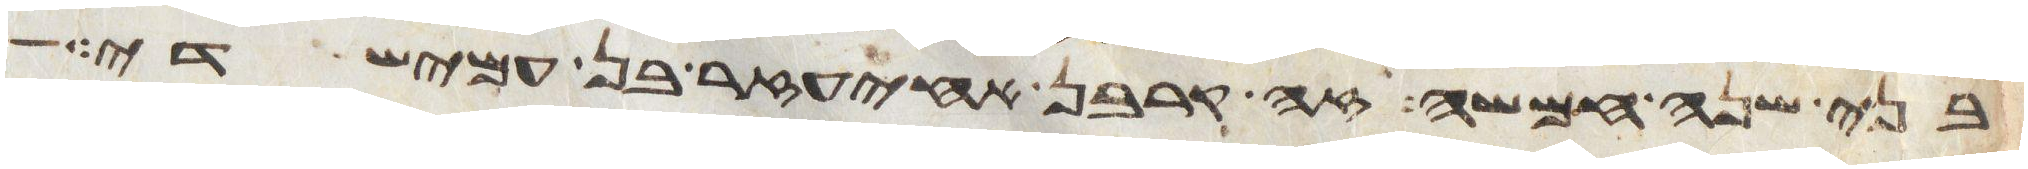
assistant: בני שנה חמשה זה קרבן אחיעזר בן עמישדי